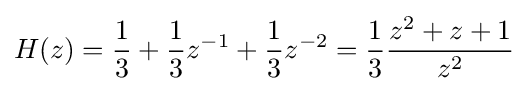
H(z)={\frac {1}{3}}+{\frac {1}{3}}z^{-1}+{\frac {1}{3}}z^{-2}={\frac {1}{3}}{\frac {z^{2}+z+1}{z^{2}}}